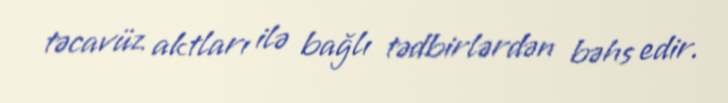
təcavüz aktları ilə bağlı tədbirlərdən bəhs edir.